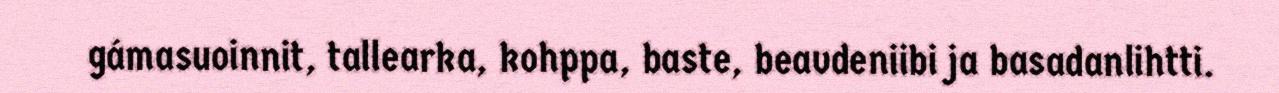
gámasuoinnit, tallearka, kohppa, baste, beavdeniibi ja basadanlihtti.